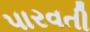
પારવતી